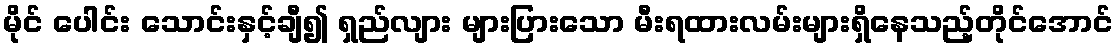
မိုင် ပေါင်း သောင်းနှင့်ချီ၍ ရှည်လျား များပြားသော မီးရထားလမ်းများရှိနေသည့်တိုင်အောင်